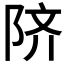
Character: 𬯀